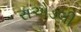
રાએડલી